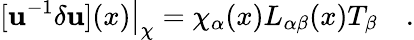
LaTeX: [\mathbf{u}^{-1}\delta\mathbf{u}](x)\big|_{\chi}={\chi_{\alpha}(x)}L_{\alpha\beta}(x)T_{\beta}\quad.